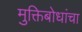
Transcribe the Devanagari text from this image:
मुक्तिबोधांचा